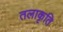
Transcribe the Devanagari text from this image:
तलाकृति